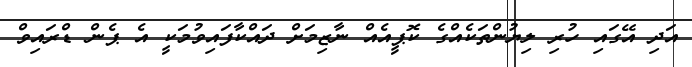
އަދި އޭގައި ހުރި ލިޔުންތަކެއްގެ ކޮޕީއެއް ނާޒިމަށް ދައްކާފައިވުމަކީ އެ ޕެން ޑްރައިވް